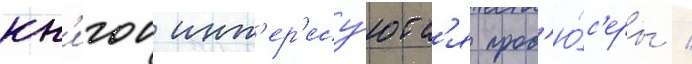
кн'игои инт'ер'есу́ютс'я прод'ю́с'еры /